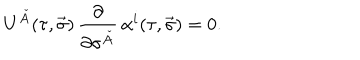
LaTeX: U ^ { \check { A } } ( \tau , \vec { \sigma } ) \, \frac { \partial } { \partial \sigma ^ { \check { A } } } \, \alpha ^ { i } ( \tau , \vec { \sigma } ) = 0 .